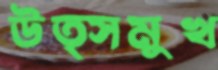
উত্সমুখ